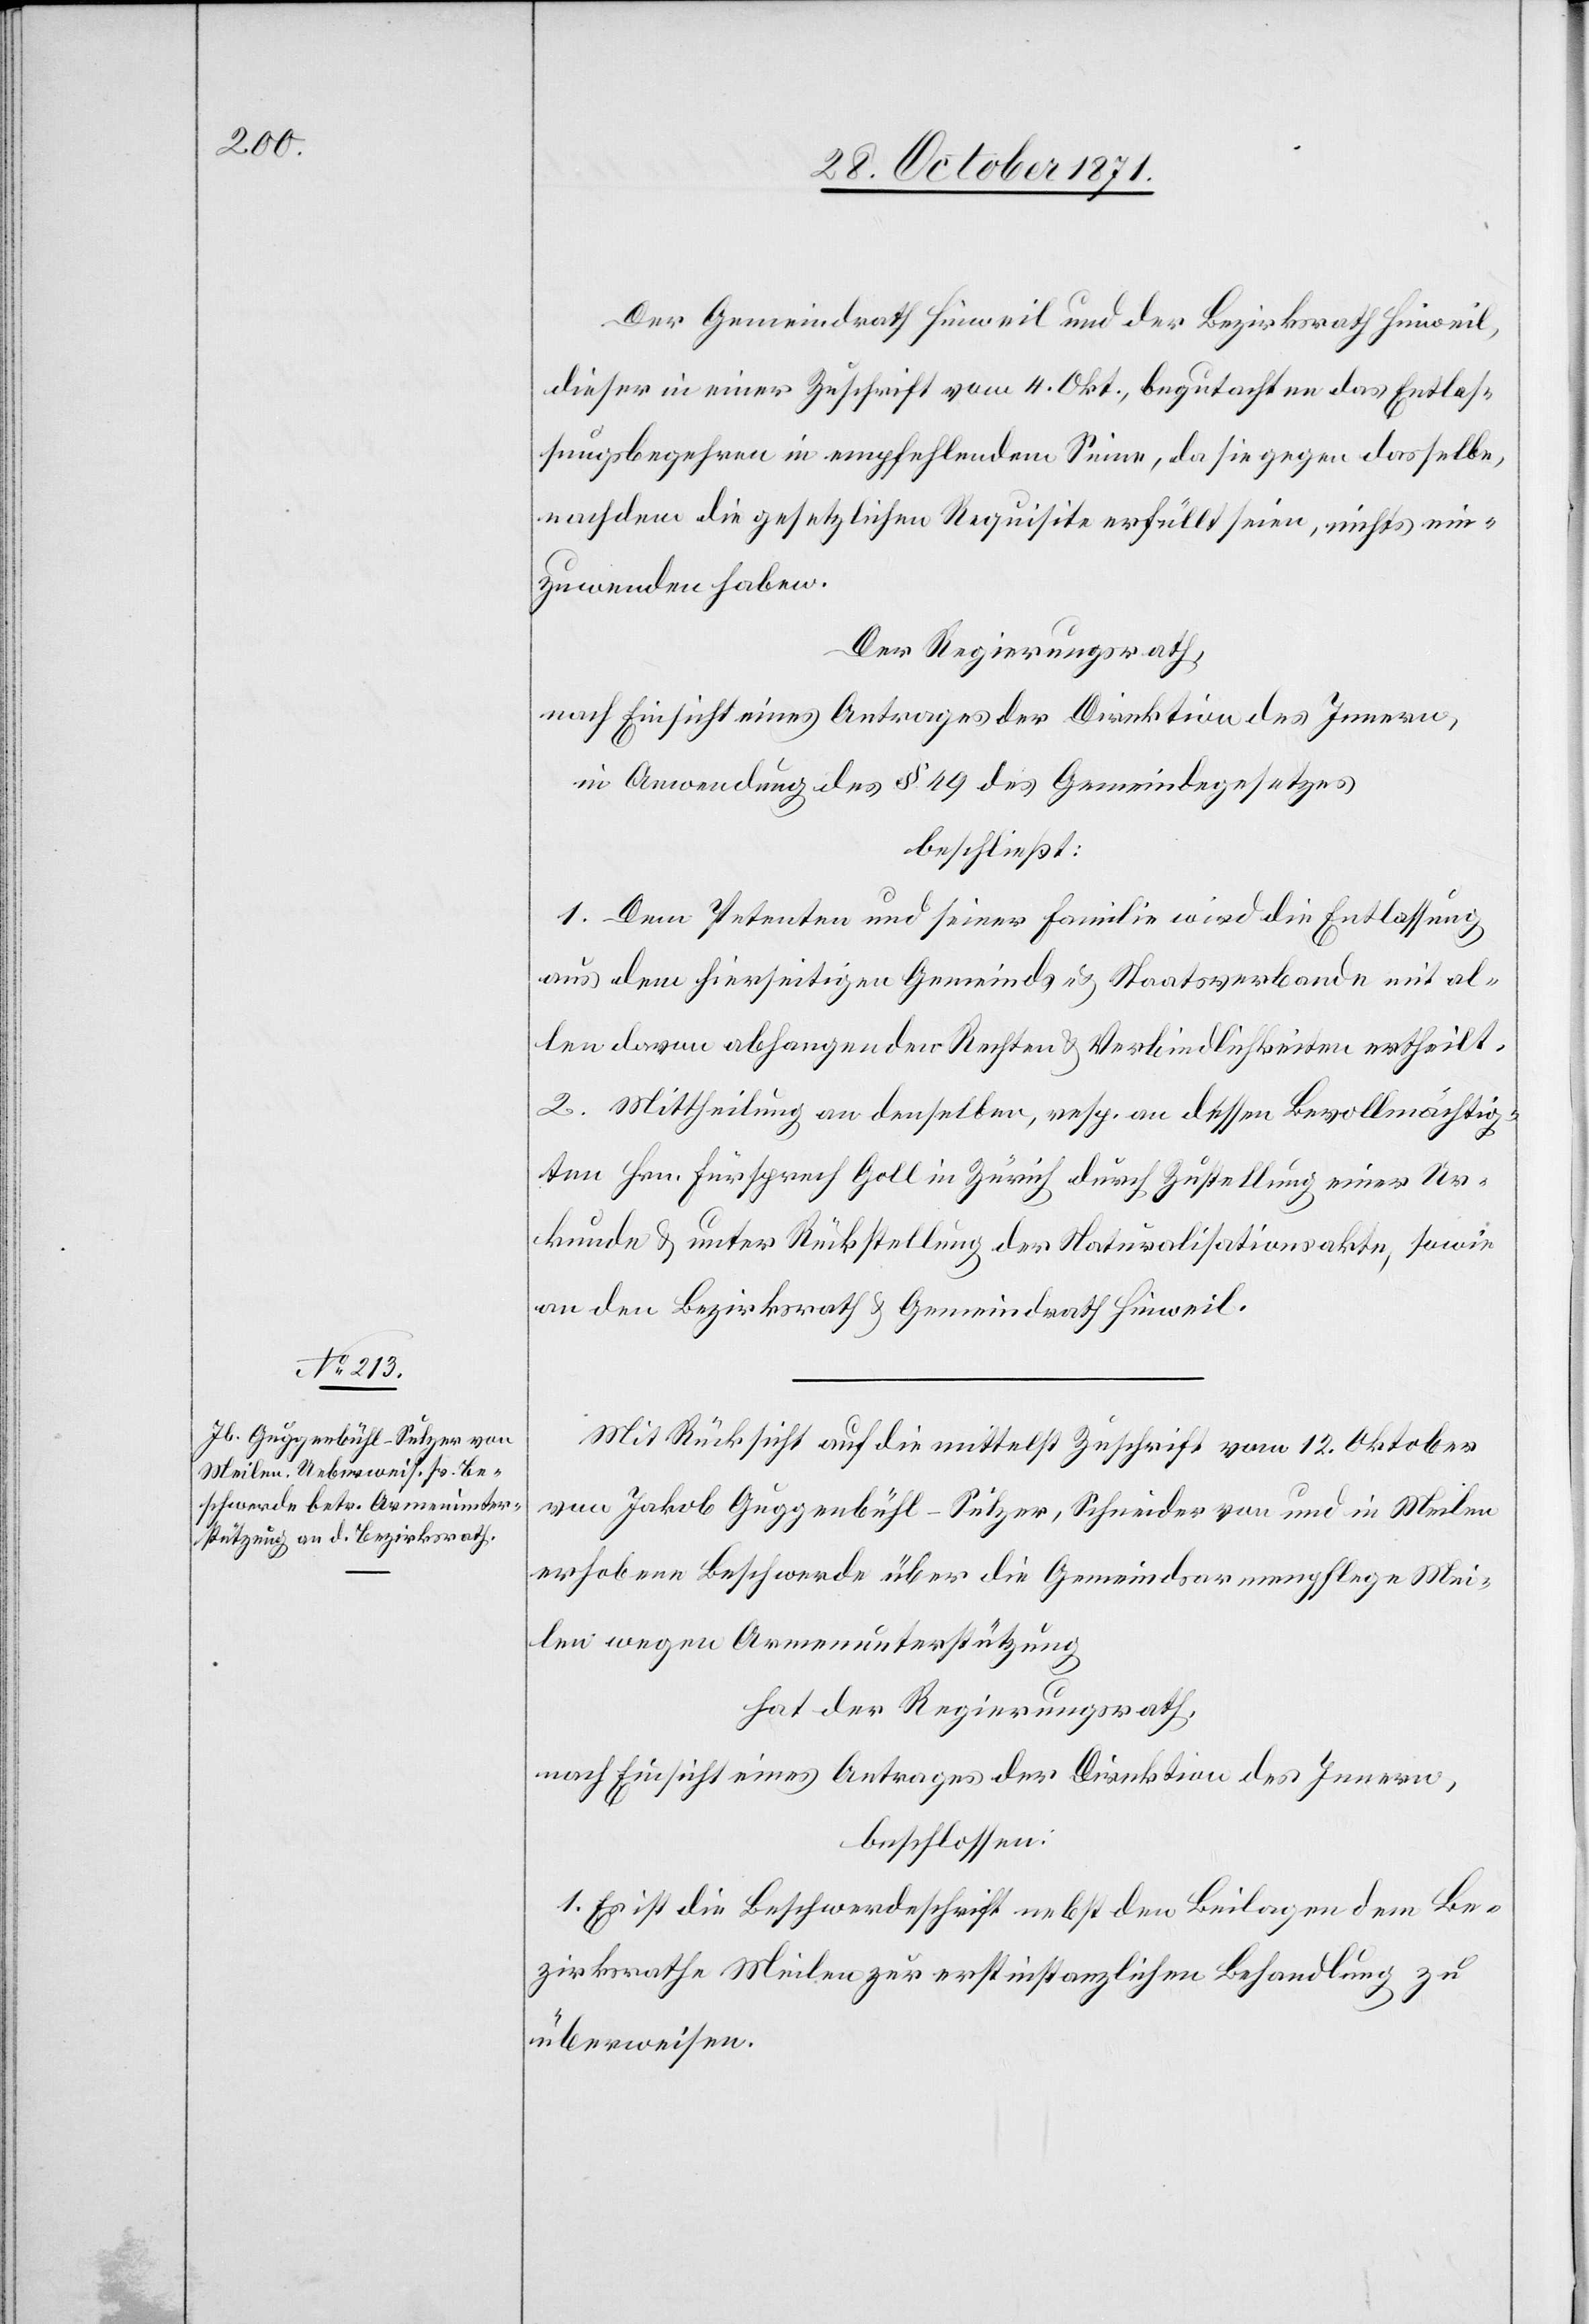
Der Gemeindrath Hinweil und der Bezirksrath Hinweil,
dieser in einer Zuschrift vom 4. Okt., begutachten das Entlas¬
sungsbegehren in empfehlendem Sinne, da sie gegen dasselbe,
nachdem die gesetzlichen Requisite erfüllt seien, nichts ein¬
zuwenden haben.
Der Regierungsrath,
nach Einsicht eines Antrages der Direktion des Innern,
in Anwendung des § 49 des Gemeindegesetzes
beschließt:
1. Dem Petenten und seiner Familie wird die Entlassung
aus dem hierseitigen Gemeinds- & Staatsverbande mit al¬
len davon abhangenden Rechten & Verbindlichkeiten ertheilt.
2. Mittheilung an denselben, resp. an dessen Bevollmächtig¬
en Hrn. Fürsprech Goll in Zürich durch Zustellung einer Ur¬
kunde & unter Rückstellung der Naturalisationsakte, sowie
an den Bezirksrath & Gemeindrath Hinweil.
Mit Rücksicht auf die mittelst Zuschrift vom 12. Oktober
von Jakob Guggenbühl-Sulzer, Schneider von und in Meilen
erhobene Beschwerde über die Gemeindsarmenpflege Mei¬
len wegen Armenunterstützung
hat der Regierungsrath,
nach Einsicht eines Antrages der Direktion des Innern
beschlossen:
1. Es ist die Beschwerdeschrift nebst den Beilagen dem Be¬
zirksrathe Meilen zur erstinstanzlichen Behandlung zu
überweisen.